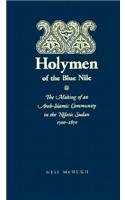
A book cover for Holymen of the Blue Nile: The Making of an Arab-Islamic Community in the Nilotic Sudan, 1500-1850 (Northwestern University Press Series in Islam and Society in); Neil McHugh; History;